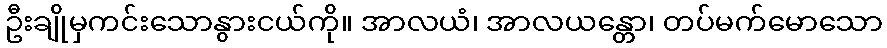
ဦးချိုမှကင်းသောနွားငယ်ကို။ အာလယံ၊ အာလယန္တော၊ တပ်မက်မောသော